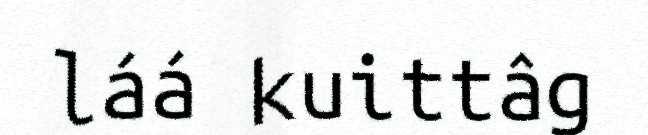
láá kuittâg